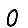
Digit: 0